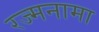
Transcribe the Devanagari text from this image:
रज्मनामा